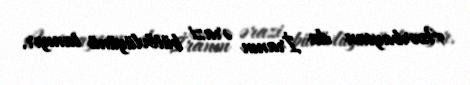
Azərbaycan da İranın ərazi bütövlüyünü tanıyır.